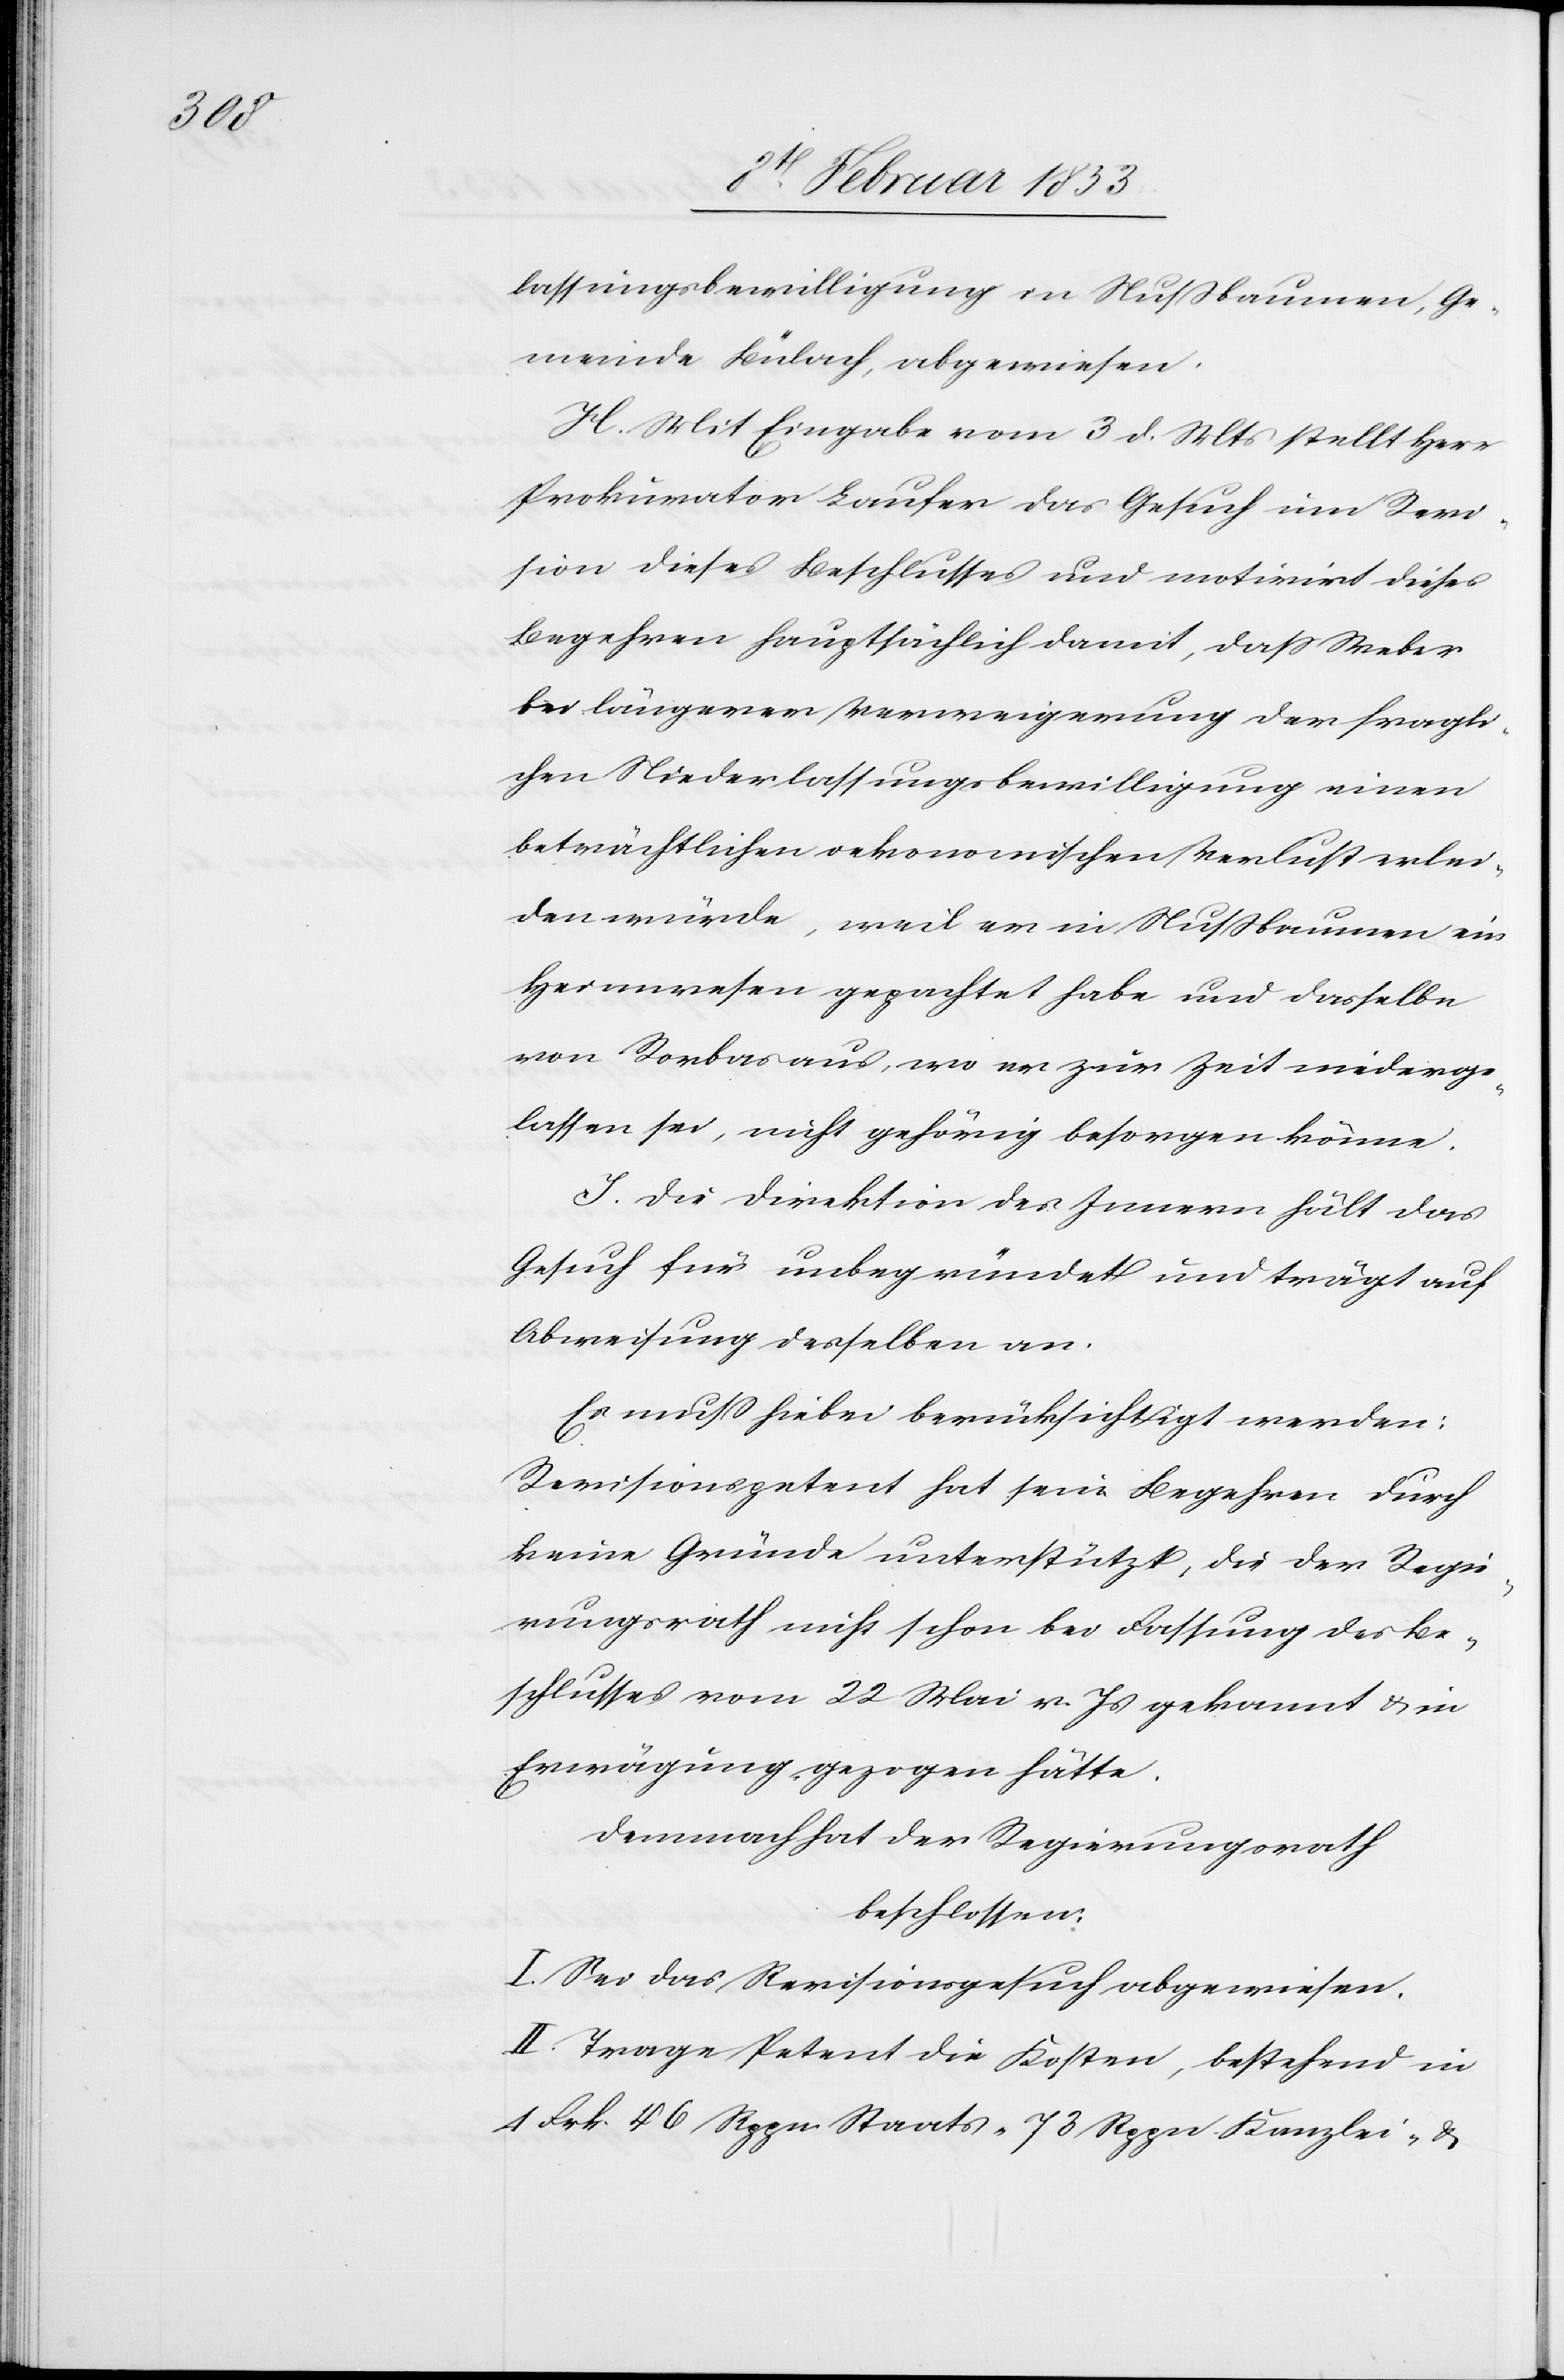
lassungsbewilligung in Nußbaumen, Ge¬
meinde Bülach, abgewiesen.
H. Mit Eingabe vom 3 d. Mts. stellt Herr
Prokurator Laufen das Gesuch im Revi¬
sion dieses Beschlusses und motivirt dieses
Begehren hauptsächlich damit, daß Weber
bei längerer Verweigerung der fragli¬
chen Niederlaßungsbewilligung einen
beträchtlichen oekonomischen Verlust erlei¬
den würde, weil er in Nußbaumen ein
Heimwesen gepachtet habe und dasselbe
von Rorbas aus, wo er zur Zeit niederge¬
lassen sei, nicht gehörig besorgen könne.
I. Die Direktion des Innern hält das
Gesuch für unbegründet und trägt auf
Abweisung desselben an.
Es möchte hiebei berücksichtigt werden.
Revisionspetent hat sein Begehren durch
keine Gründe unterstützt, die der Regie¬
rungsrath nichts schon bei Fassung des Be¬
schlusses vom 22 Mai v. Js. gekannt u. in
Erwägung gezogen hätte.
Demnach hat der Regierungsrath
beschlossen:
I. Sei das Revisionsgesuch abgewiesen.
II. Trage Petent die Kosten, bestehend in
1. Frk. 46 Rppn. Staats- 73 Rppn. Kanzlei- &